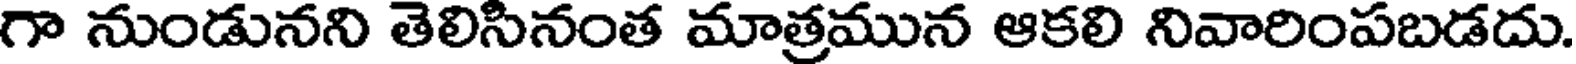
గా నుండునని తెలిసినంత మాత్రమున ఆకలి నివారింపబడదు.